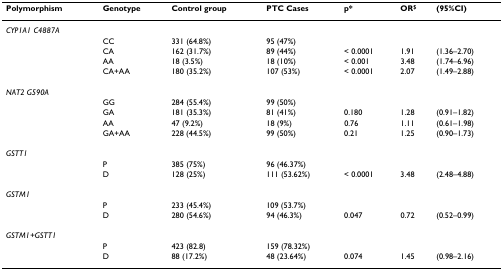
<table><thead><tr><td><b>Polymorphism</b></td><td><b>Genotype</b></td><td><b>Control group</b></td><td><b>PTC Cases</b></td><td><b>p*</b></td><td><b>OR<sup>$</sup></b></td><td><b>(95%CI)</b></td></tr></thead><tbody><tr><td><i>CYP1A1 C4887A</i></td><td></td><td></td><td></td><td></td><td></td><td></td></tr><tr><td></td><td>CC</td><td>331 (64.8%)</td><td>95 (47%)</td><td></td><td></td><td></td></tr><tr><td></td><td>CA</td><td>162 (31.7%)</td><td>89 (44%)</td><td>&lt; 0.0001</td><td>1.91</td><td>(1.36–2.70)</td></tr><tr><td></td><td>AA</td><td>18 (3.5%)</td><td>18 (10%)</td><td>&lt; 0.001</td><td>3.48</td><td>(1.74–6.96)</td></tr><tr><td></td><td>CA+AA</td><td>180 (35.2%)</td><td>107 (53%)</td><td>&lt; 0.0001</td><td>2.07</td><td>(1.49–2.88)</td></tr><tr><td><i>NAT2 G590A</i></td><td></td><td></td><td></td><td></td><td></td><td></td></tr><tr><td></td><td>GG</td><td>284 (55.4%)</td><td>99 (50%)</td><td></td><td></td><td></td></tr><tr><td></td><td>GA</td><td>181 (35.3%)</td><td>81 (41%)</td><td>0.180</td><td>1.28</td><td>(0.91–1.82)</td></tr><tr><td></td><td>AA</td><td>47 (9.2%)</td><td>18 (9%)</td><td>0.76</td><td>1.11</td><td>(0.61–1.98)</td></tr><tr><td></td><td>GA+AA</td><td>228 (44.5%)</td><td>99 (50%)</td><td>0.21</td><td>1.25</td><td>(0.90–1.73)</td></tr><tr><td><i>GSTT1</i></td><td></td><td></td><td></td><td></td><td></td><td></td></tr><tr><td></td><td>P</td><td>385 (75%)</td><td>96 (46.37%)</td><td></td><td></td><td></td></tr><tr><td></td><td>D</td><td>128 (25%)</td><td>111 (53.62%)</td><td>&lt; 0.0001</td><td>3.48</td><td>(2.48–4.88)</td></tr><tr><td><i>GSTM1</i></td><td></td><td></td><td></td><td></td><td></td><td></td></tr><tr><td></td><td>P</td><td>233 (45.4%)</td><td>109 (53.7%)</td><td></td><td></td><td></td></tr><tr><td></td><td>D</td><td>280 (54.6%)</td><td>94 (46.3%)</td><td>0.047</td><td>0.72</td><td>(0.52–0.99)</td></tr><tr><td><i>GSTM1+GSTT1</i></td><td></td><td></td><td></td><td></td><td></td><td></td></tr><tr><td></td><td>P</td><td>423 (82.8)</td><td>159 (78.32%)</td><td></td><td></td><td></td></tr><tr><td></td><td>D</td><td>88 (17.2%)</td><td>48 (23.64%)</td><td>0.074</td><td>1.45</td><td>(0.98–2.16)</td></tr></tbody></table>